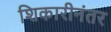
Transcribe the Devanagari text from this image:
शिकारीनंतर